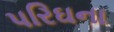
પરિઘના